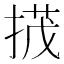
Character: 𢰝